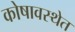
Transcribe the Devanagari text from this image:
कोषावस्थेत